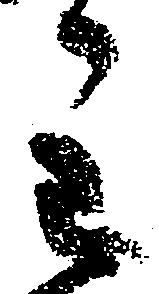
主